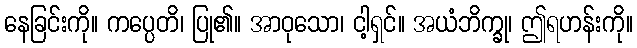
နေခြင်းကို။ ကပ္ပေတိ၊ ပြု၏။ အာဝုသော၊ ငါ့ရှင်။ အယံဘိက္ခု၊ ဤရဟန်းကို။